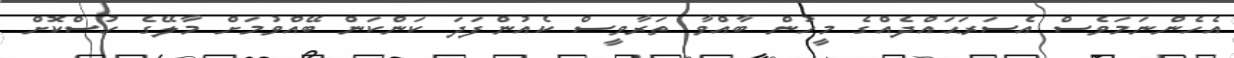
އެހެންނަމަވެސް އެސަރަޙައްދެއްގެ މީހުން ބާއްވާ ތަރާވީސް ކެއުންފަދަ ކަންކަން ބޭއްވުމަށް މާލޭގެ ހުސްކޮށް